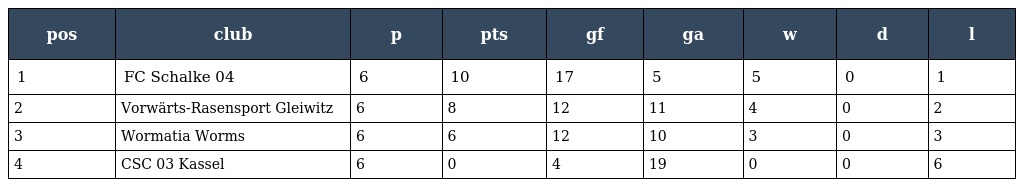
| pos | club | p | pts | gf | ga | w | d | l |
 | --- | --- | --- | --- | --- | --- | --- | --- | --- |
 | 1 | FC Schalke 04 | 6 | 10 | 17 | 5 | 5 | 0 | 1 |
 | 2 | Vorwärts-Rasensport Gleiwitz | 6 | 8 | 12 | 11 | 4 | 0 | 2 |
 | 3 | Wormatia Worms | 6 | 6 | 12 | 10 | 3 | 0 | 3 |
 | 4 | CSC 03 Kassel | 6 | 0 | 4 | 19 | 0 | 0 | 6 |